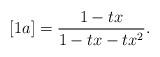
LaTeX: \begin{align*}[1a] = \frac{1-tx}{1-tx-tx^2}.\end{align*}